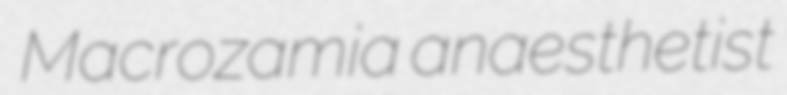
Macrozamia anaesthetist